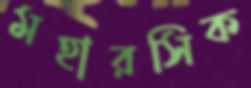
মহারসিক